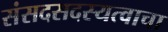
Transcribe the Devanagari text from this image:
संसदसदस्यत्वाचा